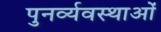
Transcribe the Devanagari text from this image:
पुनर्व्यवस्थाओं